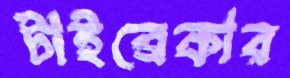
টাইব্রেকার